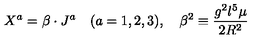
X ^ { a } = \beta \cdot J ^ { a } \quad ( a = 1 , 2 , 3 ) , \quad \beta ^ { 2 } \equiv \frac { g ^ { 2 } l ^ { 5 } \mu } { 2 R ^ { 2 } }